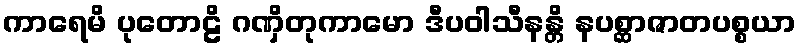
ကာရေမိ ပုတောဠိ ဂဏှိတုကာမော ဒီပဝါသီနန္တိ နပစ္ဆာဇာတပစ္စယာ